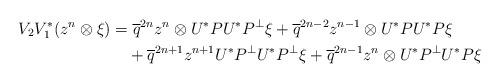
LaTeX: \begin{align*}V_2V_1^*(z^n\otimes \xi)&=\overline q^{2n}z^n\otimes U^*PU^*P^\perp\xi+\overline q^{2n-2}z^{n-1}\otimes U^*PU^*P\xi\\&\quad+\overline q^{2n+1}z^{n+1}U^*P^\perp U^*P^\perp\xi+\overline q^{2n-1}z^n\otimes U^*P^\perp U^*P\xi\end{align*}